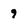
Character: 9